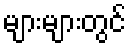
များများတွင်